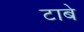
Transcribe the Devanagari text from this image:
टाबे